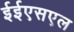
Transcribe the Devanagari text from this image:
ईईएसएल